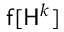
\mathsf { f } [ \mathsf { H } ^ { k } ]